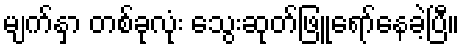
မျက်နှာ တစ်ခုလုံး သွေးဆုတ်ဖြူရော်နေခဲ့ပြီ။